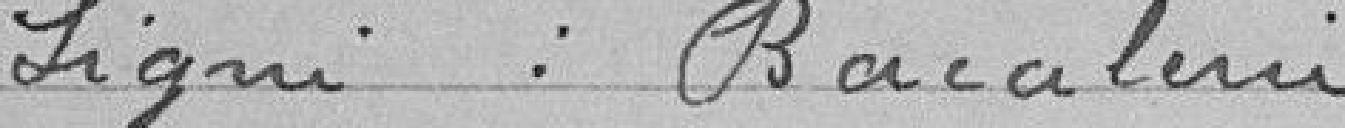
Signé : Bacalerie